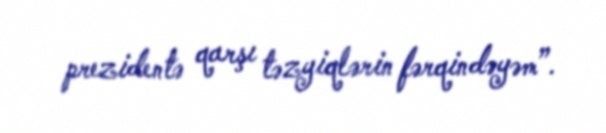
prezidentə qarşı təzyiqlərin fərqindəyəm”.